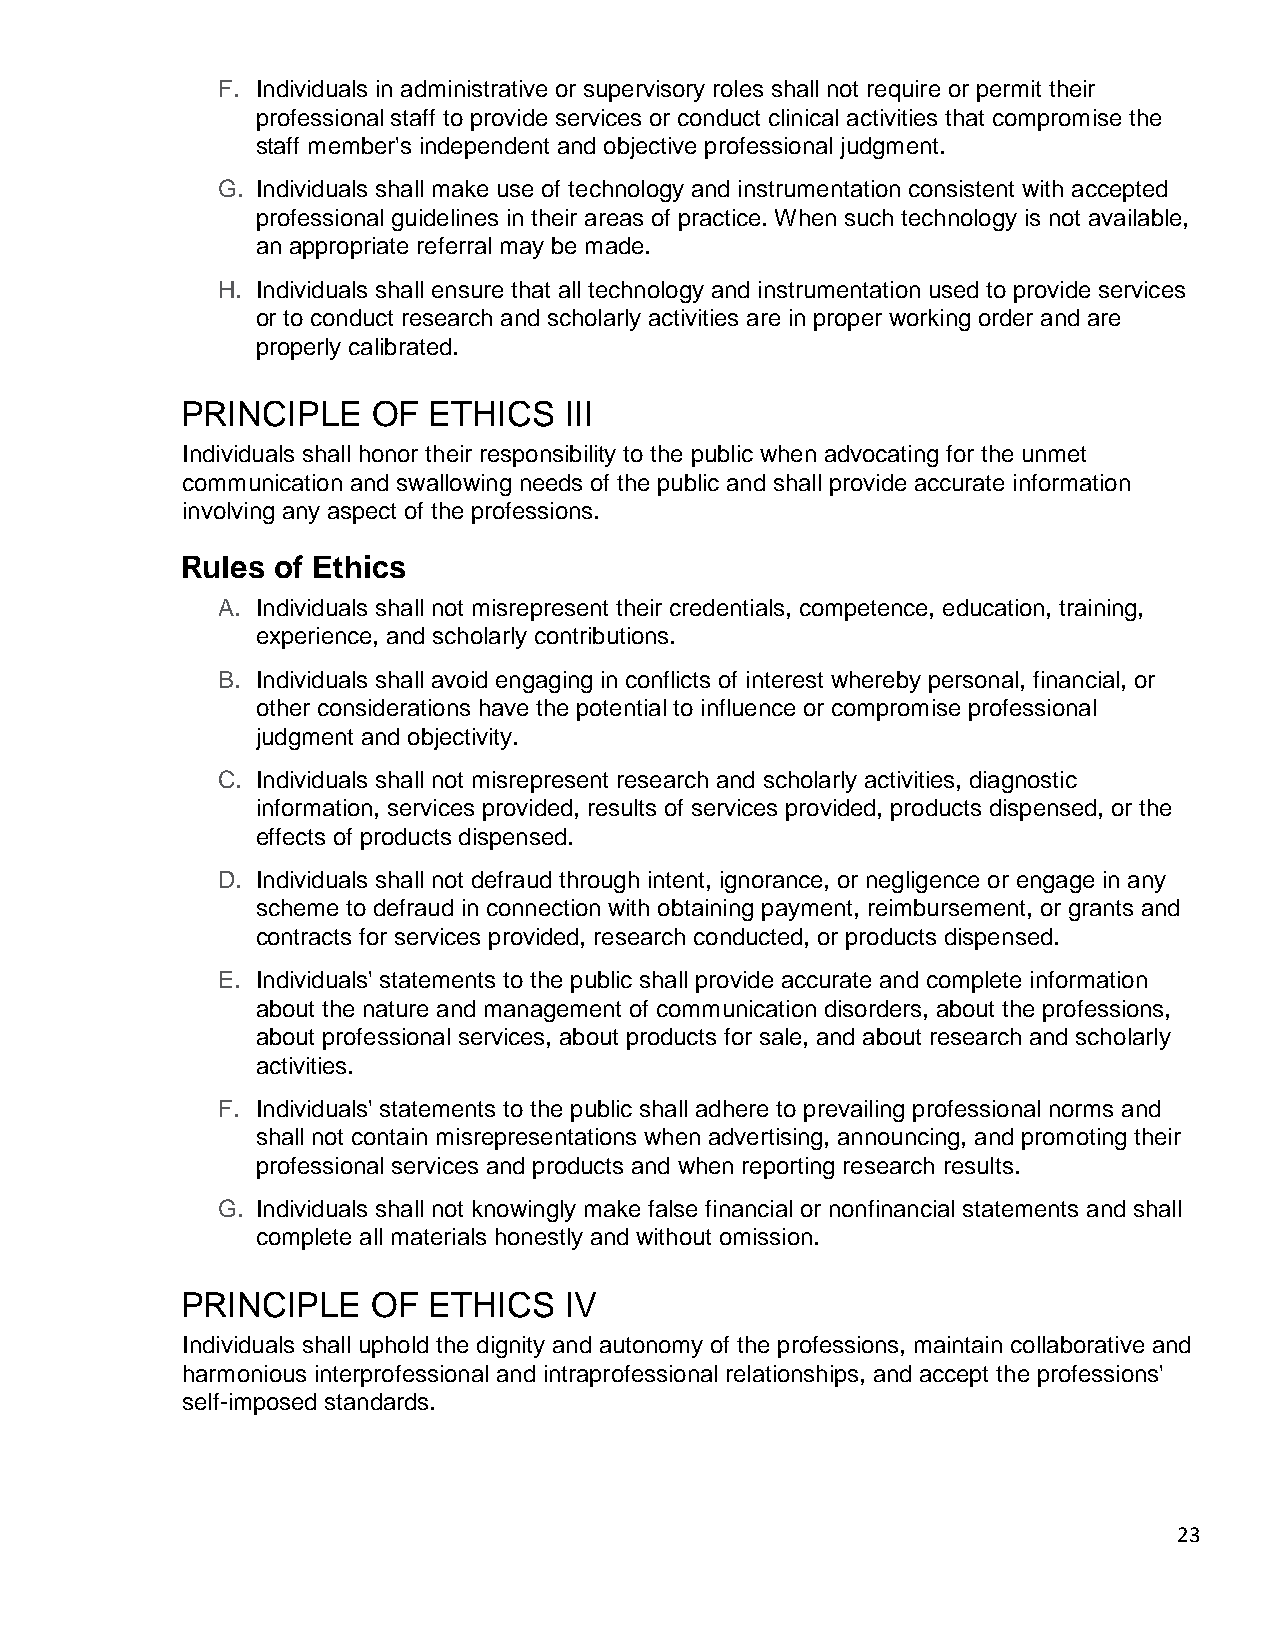
F. Individuals in administrative or supervisory roles shall not require or permit their
 professional staff to provide services or conduct clinical activities that compromise the
 staff member's independent and objective professional judgment.
 G. Individuals shall make use of technology and instrumentation consistent with accepted
 professional guidelines in their areas of practice. When such technology is not available,
 an appropriate referral may be made.
 H. Individuals shall ensure that all technology and instrumentation used to provide services
 or to conduct research and scholarly activities are in proper working order and are
 properly calibrated.
 PRINCIPLE    OF ETHICS   III
 Individuals shall honor their responsibility to the public when advocating for the unmet
 communication and swallowing needs of the public and shall provide accurate information
 involving any aspect of the professions.
 Rules of Ethics
 A. Individuals shall not misrepresent their credentials, competence, education, training,
 experience, and scholarly contributions.
 B. Individuals shall avoid engaging in conflicts of interest whereby personal, financial, or
 other considerations have the potential to influence or compromise professional
 judgment and objectivity.
 C. Individuals shall not misrepresent research and scholarly activities, diagnostic
 information, services provided, results of services provided, products dispensed, or the
 effects of products dispensed.
 D. Individuals shall not defraud through intent, ignorance, or negligence or engage in any
 scheme to defraud in connection with obtaining payment, reimbursement, or grants and
 contracts for services provided, research conducted, or products dispensed.
 E. Individuals' statements to the public shall provide accurate and complete information
 about the nature and management of communication disorders, about the professions,
 about professional services, about products for sale, and about research and scholarly
 activities.
 F. Individuals' statements to the public shall adhere to prevailing professional norms and
 shall not contain misrepresentations when advertising, announcing, and promoting their
 professional services and products and when reporting research results.
 G. Individuals shall not knowingly make false financial or nonfinancial statements and shall
 complete all materials honestly and without omission.
 PRINCIPLE    OF ETHICS   IV
 Individuals shall uphold the dignity and autonomy of the professions, maintain collaborative and
 harmonious interprofessional and intraprofessional relationships, and accept the professions'
 self-imposed standards.
 23